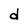
Character: d